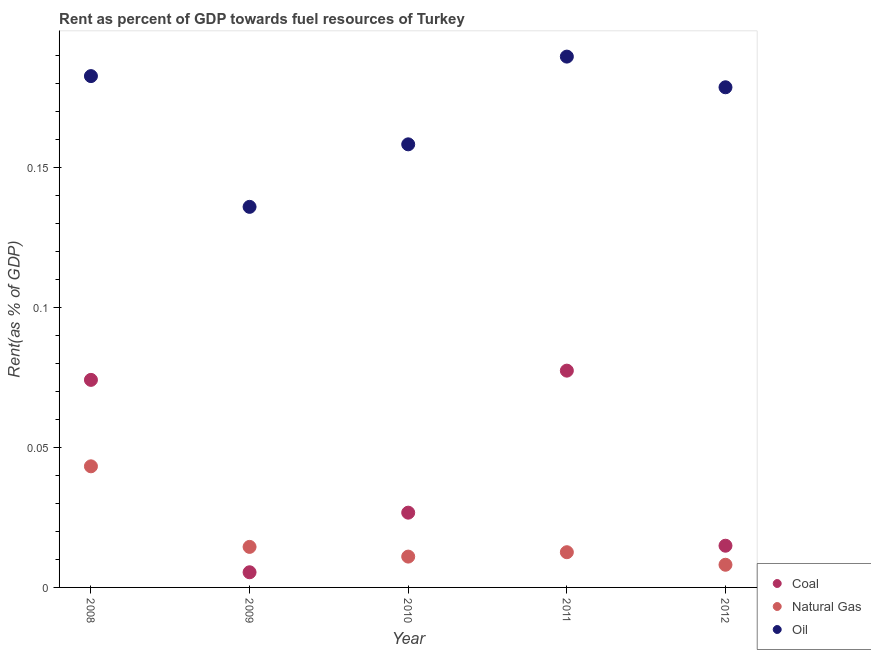
| Year | Coal | Natural Gas | Oil |
 | --- | --- | --- | --- |
 | 2008 | 0.0742 | 0.0433 | 0.183 |
 | 2009 | 0.00542 | 0.0145 | 0.136 |
 | 2010 | 0.0267 | 0.011 | 0.158 |
 | 2011 | 0.0775 | 0.0126 | 0.19 |
 | 2012 | 0.0149 | 0.0081 | 0.179 |